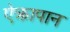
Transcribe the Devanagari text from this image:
ऐक्रापान